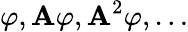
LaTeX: \varphi,\mathbf{A}\varphi,\mathbf{A}^{2}\varphi,\ldots